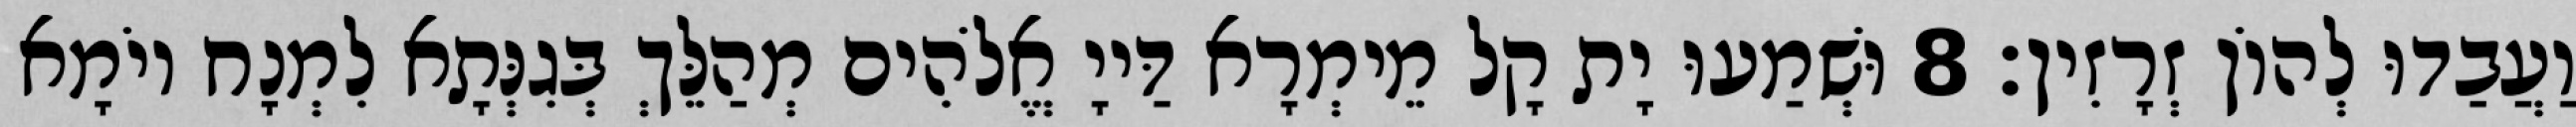
וַעֲבַדוּ לְהוֹן זְרָזִין׃ 8 וּשְׁמַעוּ יָת קָל מֵימְרָא דַּייָ אֱלֹהִים מְהַלֵּךְ בְּגִנְּתָא לִמְנָח יוֹמָא